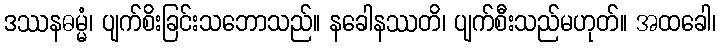
ဒဿနဓမ္မံ၊ ပျက်စိးခြင်းသဘောသည်။ နခေါနဿတိ၊ ပျက်စီးသည်မဟုတ်။ အထခေါ၊